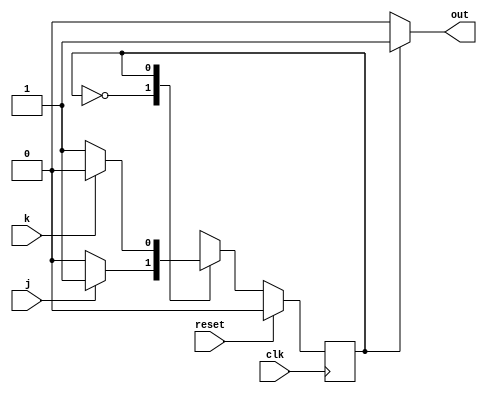
module top_module(
    input clk,
    input reset,    // Synchronous reset to OFF
    input j,
    input k,
    output out); //  

    parameter OFF=0, ON=1; 
    reg state;

	//state logic + state register
    always @(posedge clk) begin
        // State flip-flops with synchronous reset
        if(reset) state <= OFF;
        else begin
            case(state) 
                OFF: state <= (j==1)? ON:OFF;
                ON:  state <= (k==0)? ON:OFF;
                default: state <= OFF;
            endcase
        end
    end

    // Output logic
    assign out = (state == ON) ? 1:0;

endmodule